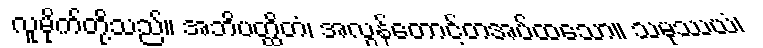
လူမိုက်တို့သည်။ အဘိပတ္ထိတံ၊ အလွန်တောင့်တအပ်ထသော။ သမုဿယံ၊